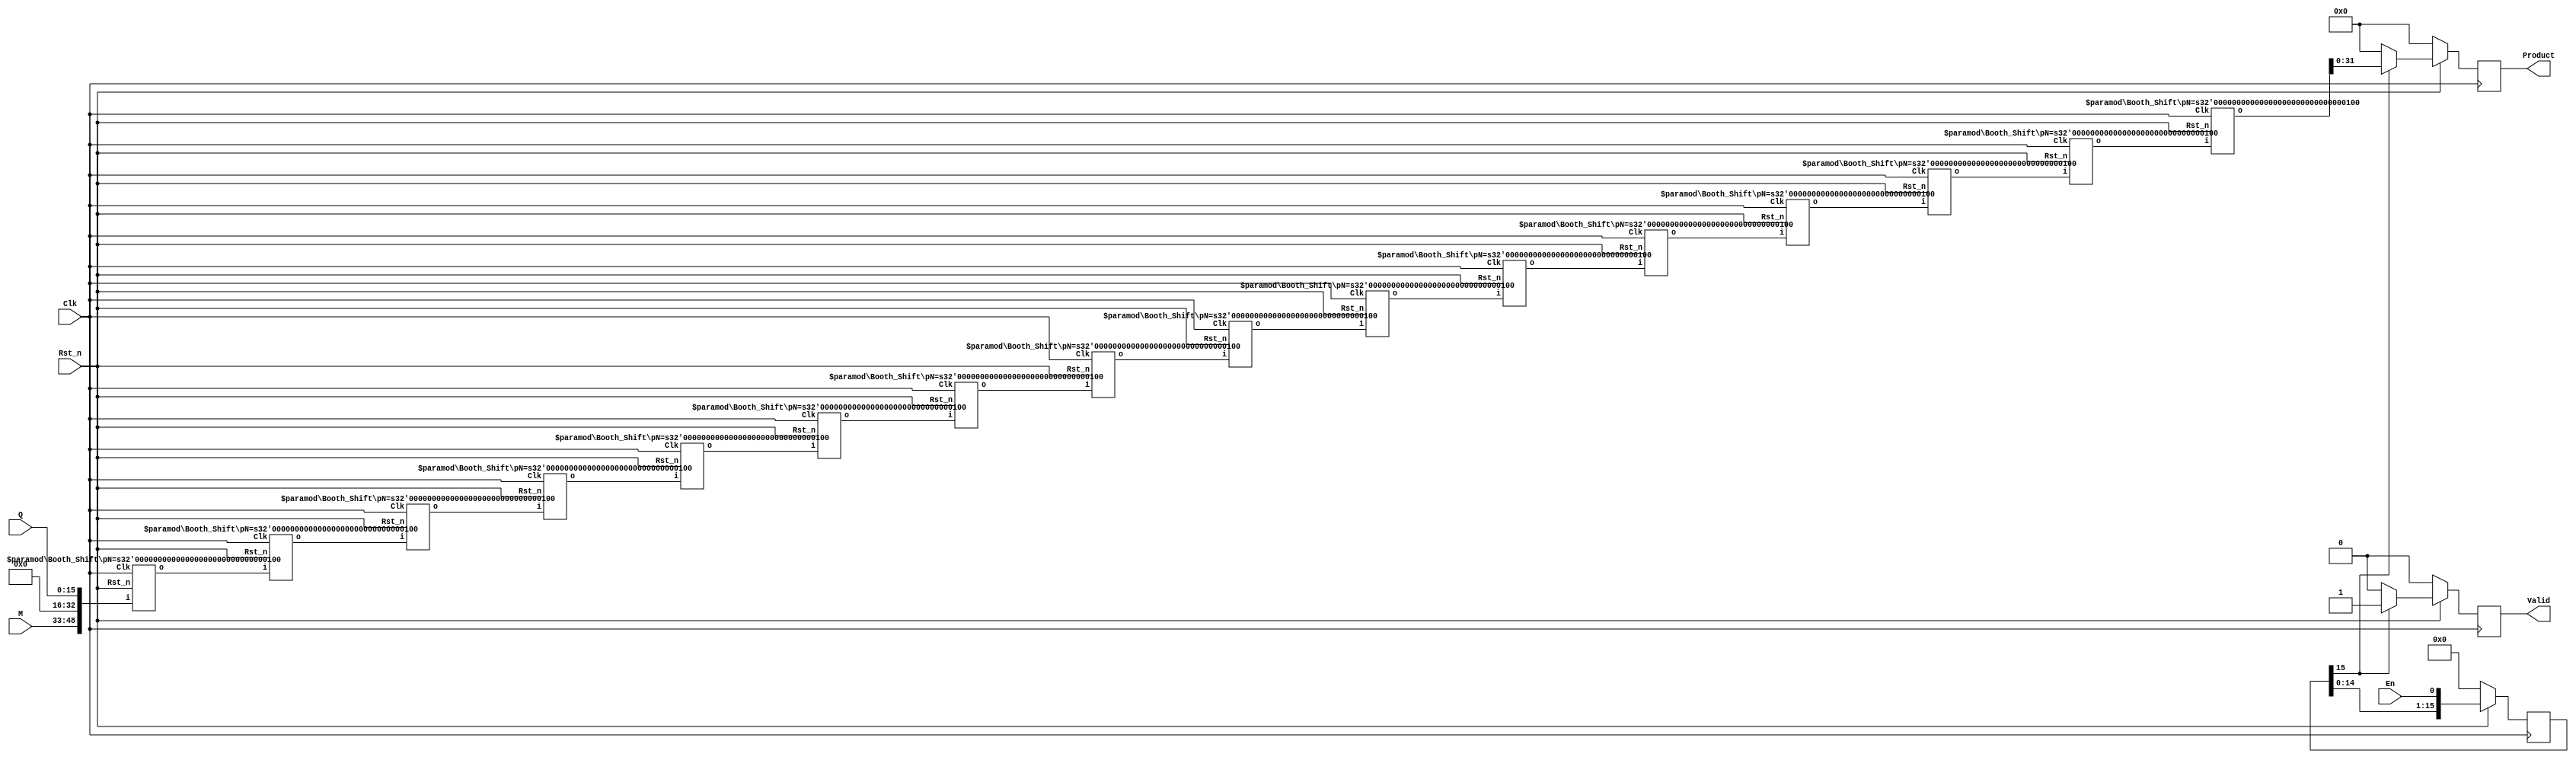

`timescale 1ns / 1ps
// http://www.cnblogs.com/ruowei/p/5891029.html

module Booth_Multiplier #(
    parameter pN = 4                // Width = 2**pN: multiplicand & multiplier
)(
    input wire Rst_n,              // Reset_n
    input wire Clk,                    // Clock

    input wire En,                     // Load Registers and Start Multiplier
    input wire [(2**pN - 1):0] M,      // Multiplicand
    input wire [(2**pN - 1):0] Q,      // Multiplier
    output reg Valid,              // Product Valid
    output reg [(2**(pN+1) - 1):0] Product   // Product <= M * R
);


  wire [(2**pN-1):0] A=0;
  wire Q_assist=0;

  wire [3*2**pN:0] i_temp[(2**pN-1):0];
  wire [3*2**pN:0] o_temp[(2**pN-1):0];

  assign i_temp[0] = {M,Q_assist,A,Q};

  genvar vari;
  generate
      for(vari = 0;vari < 2**pN; vari = vari+1) begin: Booth
          Booth_Shift#(
            .pN(pN)
          )inst_booth(
            .Clk(Clk),
            .Rst_n(Rst_n),
            .i(i_temp[vari]),
            .o(o_temp[vari])
            );
      end

      for(vari = 0;vari < 2**pN-1; vari = vari+1)
        assign i_temp[vari+1] = o_temp[vari];

  endgenerate

  reg [2**pN-1:0] en_shift;

  always @ (posedge Clk)
  if(~Rst_n)begin
    en_shift <= 0;
    Valid <= 0;
    Product <= 0;
  end
  else begin
    en_shift <= {en_shift[2**pN-2:0],En};
    if (en_shift[2**pN-1] == 1'b1)begin
      Valid <= 1;
      Product <= o_temp[2**pN-1][(2**(pN+1) - 1):0];
    end
    else begin
      Valid <= 0;
      Product <= 0;
    end
  end

endmodule


module Booth_Shift #(
    parameter pN = 4                // Width = 2**pN: multiplicand & multiplier
)(
    input wire Rst_n,              // Reset_n
    input wire Clk,                    // Clock
    input wire [3*2**pN:0] i,
    output wire [3*2**pN:0] o
);

  wire [(2**pN - 1):0] M_i;      // Multiplicand
  wire [(2**pN - 1):0] Q_i;      // Multiplier
  wire [(2**pN - 1):0] A_i;
  wire Q_assist_i;
  wire [(2**pN - 1):0] M_o;   // Product <= M * R
  wire [(2**pN - 1):0] Q_o;   // Product <= M * R
  wire [(2**pN - 1):0] A_o;   // Product <= M * R
  wire Q_assist_o;

  assign {M_i,Q_assist_i,A_i,Q_i} = i;


  reg [(2**pN - 1):0] b;
  wire [(2**pN - 1):0] a,out;
  reg cin;

  reg [(2**pN - 1):0] M_temp;
  reg [(2**pN - 1):0] A_temp,Q_temp;
  reg Q_assist_temp;

  always @ (posedge Clk)
  if (~Rst_n) begin
    {cin,b} <= 0;
    M_temp <= 0;
    A_temp <= 0;
    Q_temp <= 0;
    Q_assist_temp <= 0;
  end
  else begin
    case ({Q_i[0],Q_assist_i})
      2'b01: { cin,b } <= { 1'b0,M_i };
      2'b10: { cin,b } <= { 1'b1,~M_i };
      default: { cin,b } <= 0;
    endcase
    M_temp <= M_i;
    A_temp <= A_i;
    Q_temp <= Q_i;
    Q_assist_temp <= Q_assist_i;
  end

  assign a = A_temp;
  assign out = a + b + cin;  // full adder

  assign M_o = M_temp;
  assign {A_o, Q_o, Q_assist_o} = $signed({out, Q_temp, Q_assist_temp}) >>> 1;

  assign o = {M_o,Q_assist_o,A_o,Q_o};

endmodule